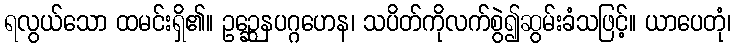
ရလွယ်သော ထမင်းရှိ၏။ ဥဉ္ဆေနပဂ္ဂဟေန၊ သပိတ်ကိုလက်စွဲ၍ဆွမ်းခံသဖြင့်။ ယာပေတုံ၊